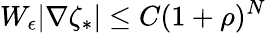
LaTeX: W_{\epsilon}|\nabla\zeta_{*}|\le C(1+\rho)^{N}